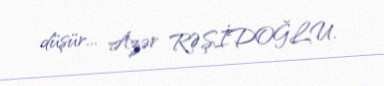
düşür... Azər RƏŞİDOĞLU.